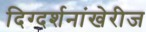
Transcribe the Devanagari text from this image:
दिग्दर्शनांखेरीज